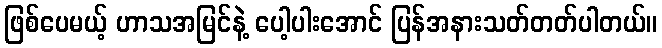
ဖြစ်ပေမယ့် ဟာသအမြင်နဲ့ ပေါ့ပါးအောင် ပြန်အနားသတ်တတ်ပါတယ်။